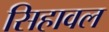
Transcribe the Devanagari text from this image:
सिहावल